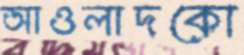
আওলাদকো